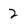
Character: 2